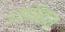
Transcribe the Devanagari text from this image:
५१इतिहास